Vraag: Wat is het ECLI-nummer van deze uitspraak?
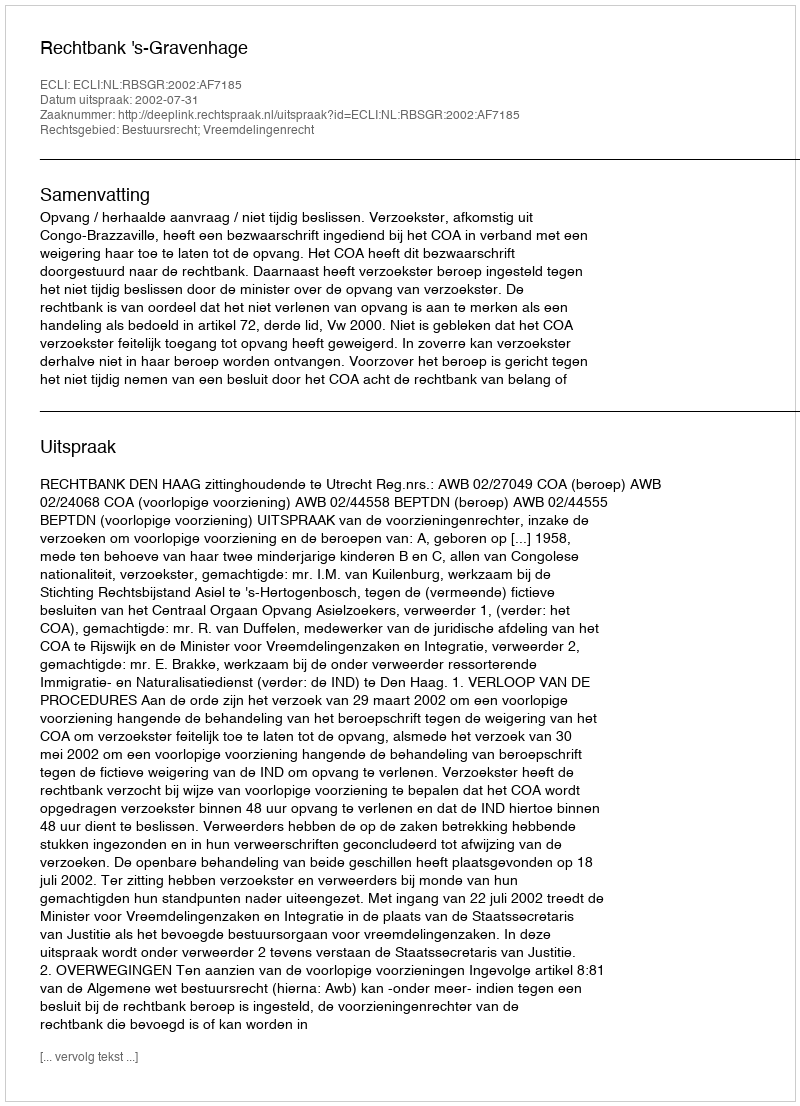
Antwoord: ECLI:NL:RBSGR:2002:AF7185